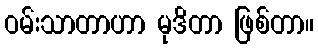
ဝမ်းသာတာဟာ မုဒိတာ ဖြစ်တာ။